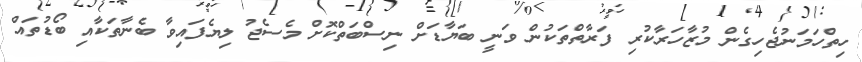
ހިތްހަމަނުޖެހިގެން މުޒާހަރާކުރި ފަރާތްތަކުން ވަނީ ބަޔާޑަށް ނިސްބަތްކޮށް މެސެޖު ލިޔެފައިވާ ބެނާތަކާއި ބޯޑުތައް